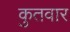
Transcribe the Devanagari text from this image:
कुतवार